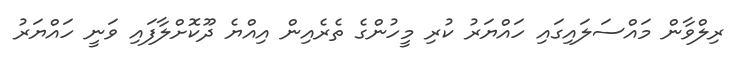
ރިލްވާން މައްސަލައިގައި ހައްޔަރު ކުރި މީހުންގެ ތެރެއިން އިއްޔެ ދޫކޮށްލާފައި ވަނީ ހައްޔަރު